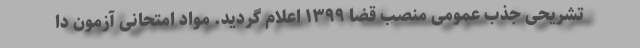
تشریحی جذب عمومی منصب قضا ۱۳۹۹ اعلام گردید. مواد امتحانی آزمون دا